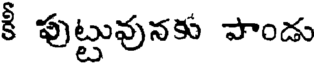
కీ పుట్టువునకు పాండు